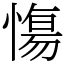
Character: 慯